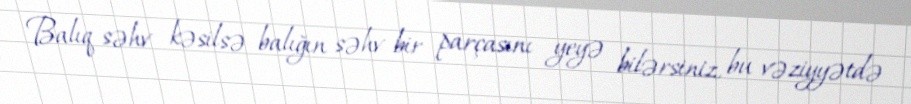
Balıq səhv kəsilsə balığın səhv bir parçasını yeyə bilərsiniz, bu vəziyyətdə